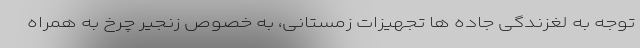
توجه به لغزندگی جاده ها تجهیزات زمستانی، به خصوص زنجیر چرخ به همراه